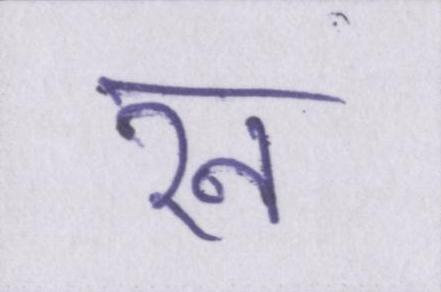
रन